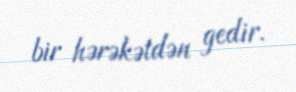
bir hərəkətdən gedir.